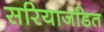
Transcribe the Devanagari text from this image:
सरियाजडित